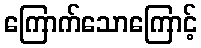
ကြောက်သောကြောင့်